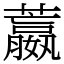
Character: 䕦